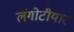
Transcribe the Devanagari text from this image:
लंगोटीयार